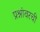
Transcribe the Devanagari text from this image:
प्रश्नांवरची